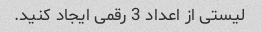
لیستی از اعداد 3 رقمی ایجاد کنید.